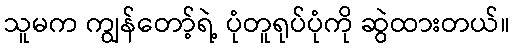
သူမက ကျွန်တော့်ရဲ့ ပုံတူရုပ်ပုံကို ဆွဲထားတယ်။